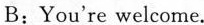
B:You're welcome.